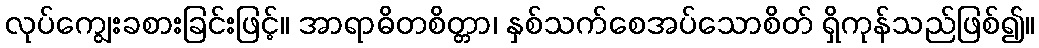
လုပ်ကျွေးခစားခြင်းဖြင့်။ အာရာဓိတစိတ္တာ၊ နှစ်သက်စေအပ်သောစိတ် ရှိကုန်သည်ဖြစ်၍။